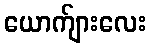
ယောက်ျားလေး